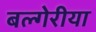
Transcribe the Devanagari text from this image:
बल्गेरीया